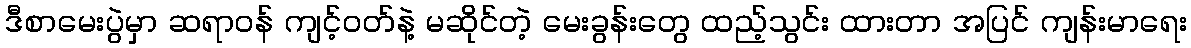
ဒီစာမေးပွဲမှာ ဆရာဝန် ကျင့်ဝတ်နဲ့ မဆိုင်တဲ့ မေးခွန်းတွေ ထည့်သွင်း ထားတာ အပြင် ကျန်းမာရေး